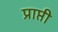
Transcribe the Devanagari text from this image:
प्राप्ती